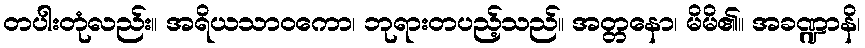
တပါးတုံလည်း။ အရိယသာဝကော၊ ဘုရားတပည့်သည်။ အတ္တနော၊ မိမိ၏။ အခဏ္ဍာနိ၊